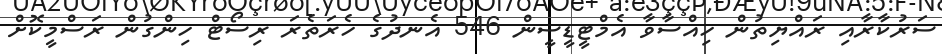
ސަރުކާރާއި ރައްޔިތުން ހިއްސާވާ އެމްޓީޑީސީން 546 އެނދުގެ ހެރަތެރަ ރިސޯޓް ހިންގުން ރަސްމީކޮށް